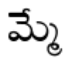
మ్మే